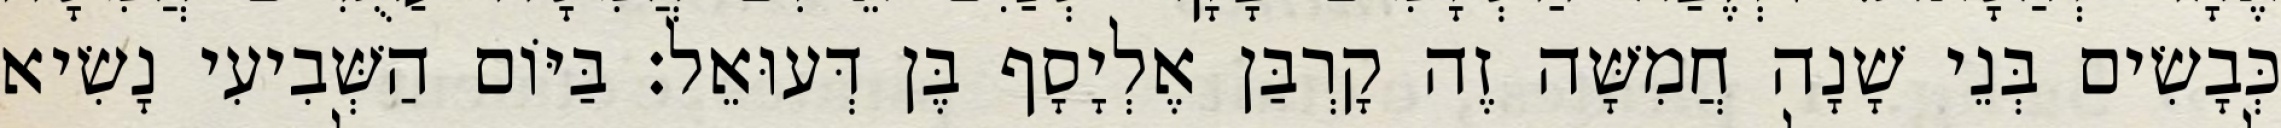
כְּבָשִׂים בְּנֵי שָׁנָה חֲמִשָּׁה זֶה קָרְבַּן אֶלְיָסָף בֶּן דְּעוּאֵל׃ בַּיּוֹם הַשְּׁבִיעִי נָשִׂיא